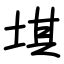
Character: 㙋